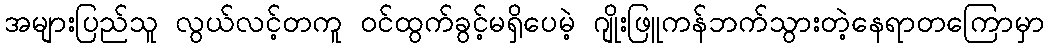
အများပြည်သူ လွယ်လင့်တကူ ဝင်ထွက်ခွင့်မရှိပေမဲ့ ဂျိုးဖြူကန်ဘက်သွားတဲ့နေရာတကြောမှာ